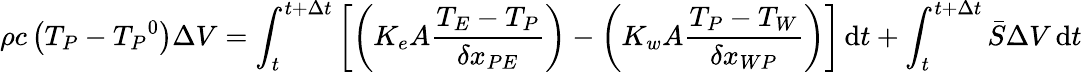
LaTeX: \rho c\left(T_{P}-{T_{P}}^{0}\right)\Delta V=\int_{t}^{t+\Delta t}\left[\left(K_{e}A{\frac{T_{E}-T_{P}}{\delta x_{PE}}}\right)-\left(K_{w}A{\frac{T_{P}-T_{W}}{\delta x_{WP}}}\right)\right]\, \mathrm{d}t+\int_{t}^{t+\Delta t}{\bar{S}}\Delta V\, \mathrm{d}t